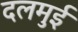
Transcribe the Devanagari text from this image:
दलमुई